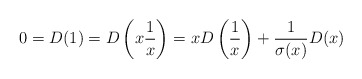
\begin{align*}0 = D(1) = D\left(x \frac 1x\right) = x D\left(\frac 1x\right) + \frac{1}{\sigma(x)} D(x)\end{align*}